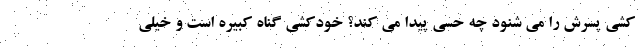
کشی پسرش را می شنود چه حسی پیدا می کند؟ خودکشی گناه کبیره است و خیلی